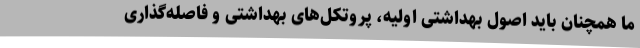
ما همچنان باید اصول بهداشتی اولیه، پروتکل‌های بهداشتی و فاصله‌گذاری